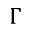
\Gamma